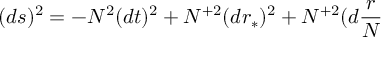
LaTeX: ( d s ) ^ { 2 } = - N ^ { 2 } ( d t ) ^ { 2 } + N ^ { + 2 } ( d r _ { \ast } ) ^ { 2 } + N ^ { + 2 } ( d \frac { r } { N }